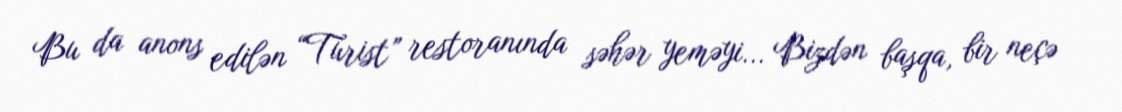
Bu da anons edilən “Turist” restoranında səhər yeməyi... Bizdən başqa, bir neçə